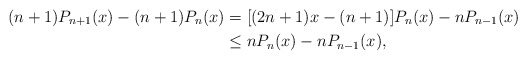
\begin{align*}(n+1)P_{n+1}(x)-(n+1)P_{n}(x)&=[(2n+1)x-(n+1)]P_n(x)-nP_{n-1}(x) \\&\leq nP_n(x)-nP_{n-1}(x),\end{align*}